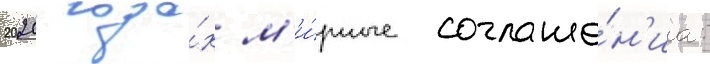
2020 года́х м'и́рные соглаше́н'иа: